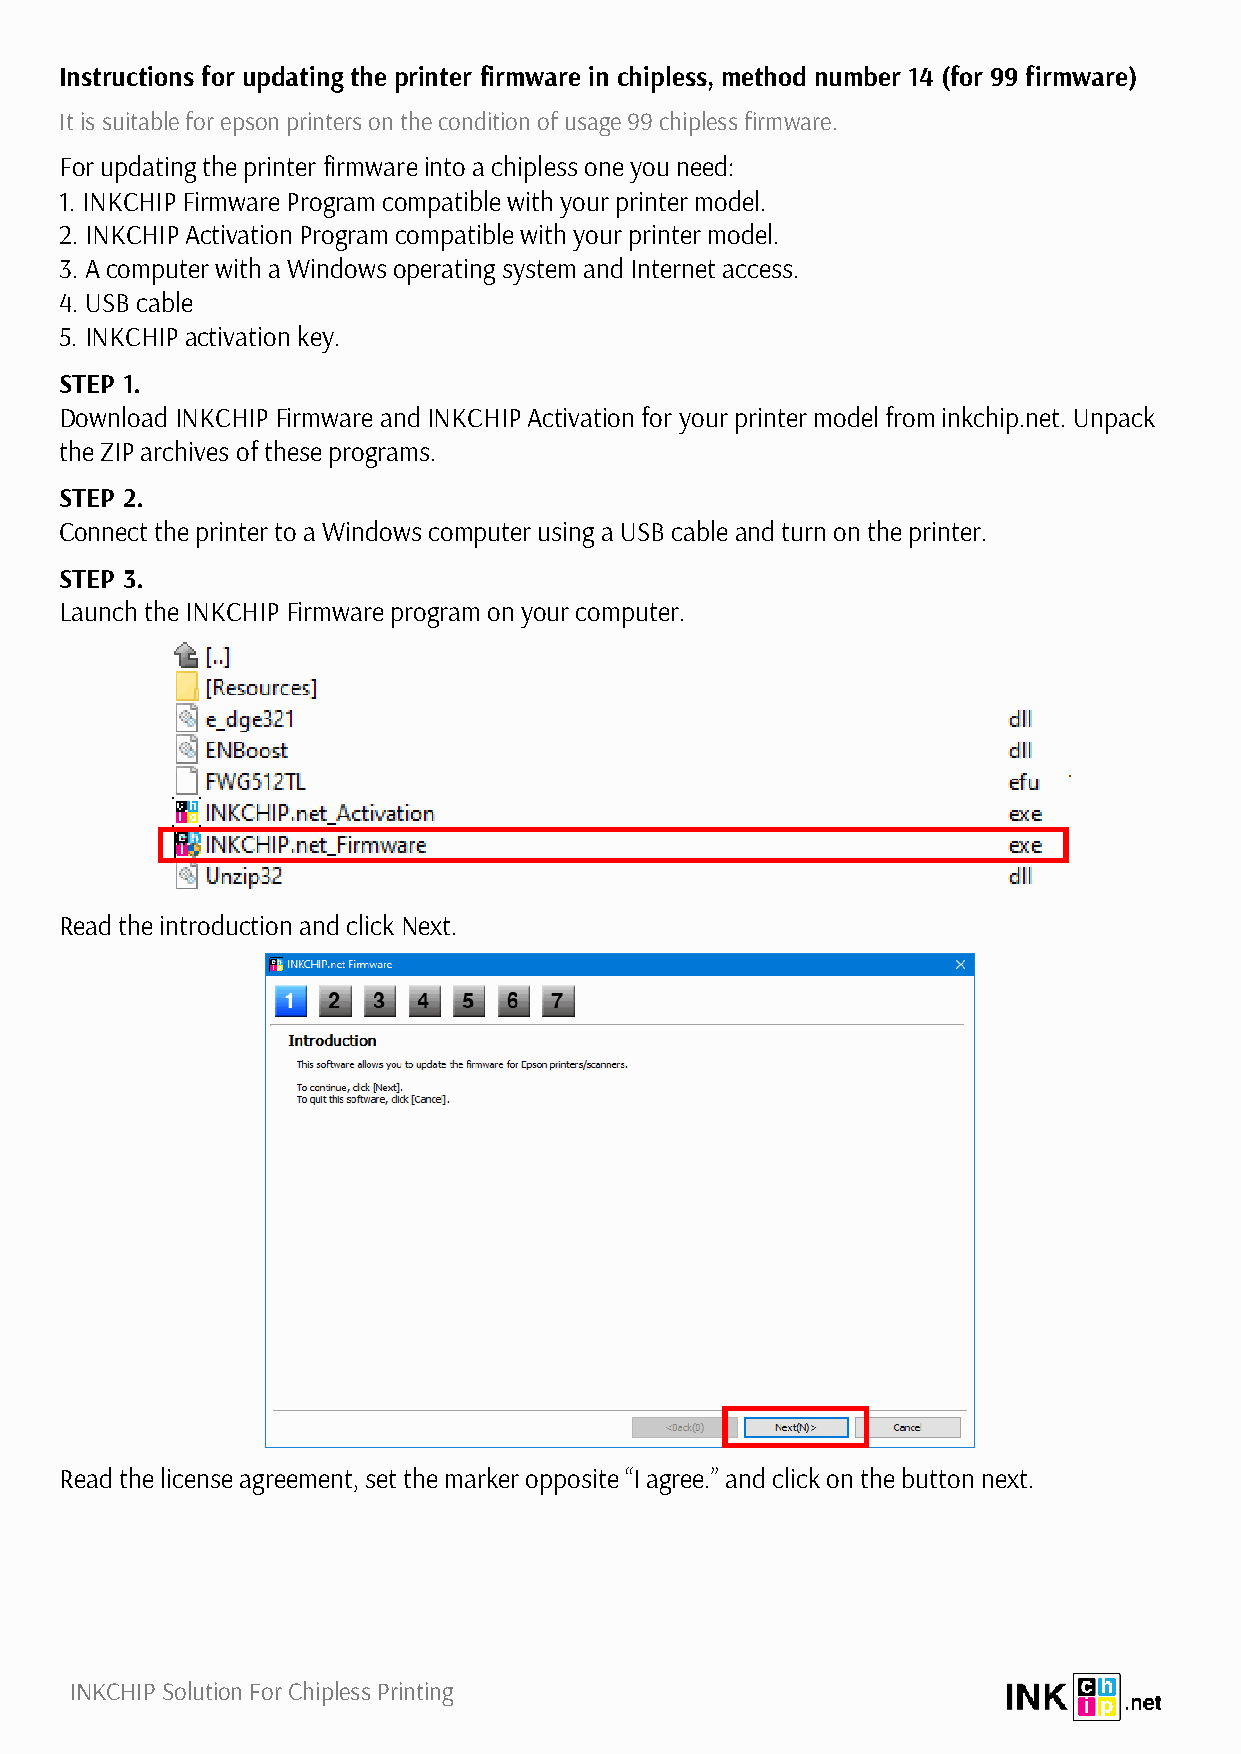
Instructions for updating the printer firmware in chipless, method number 14 (for 99 firmware)
 It is suitable for epson printers on the condition of usage 99 chipless firmware.
 For updating the printer firmware into a chipless one you need:
 1. INKCHIP Firmware Program compatible with your printer model.
 2. INKCHIP Activation Program compatible with your printer model.
 3. A computer with a Windows operating system and Internet access.
 4. USB cable
 5. INKCHIP activation key.
 STEP 1.
 Download INKCHIP Firmware and INKCHIP Activation for your printer model from inkchip.net. Unpack
 the ZIP archives of these programs.
 STEP 2.
 Connect the printer to a Windows computer using a USB cable and turn on the printer.
 STEP 3.
 Launch the INKCHIP Firmware program on your computer.
 Read the introduction and click Next.
 Read the license agreement, set the marker opposite “I agree.” and click on the button next.
 INKCHIP Solution For Chipless Printing